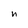
Character: n